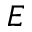
E